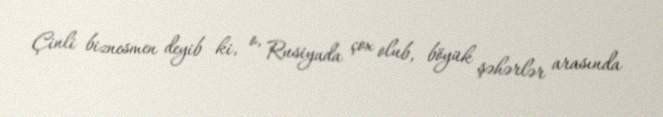
Çinli biznesmen deyib ki, o, Rusiyada çox olub, böyük şəhərlər arasında